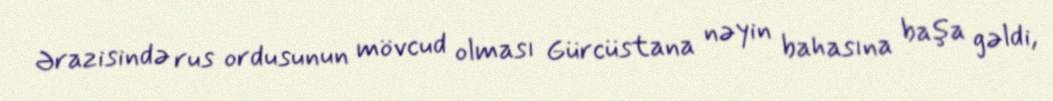
Ərazisində rus ordusunun mövcud olması Gürcüstana nəyin bahasına başa gəldi,